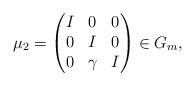
LaTeX: \begin{align*} \mu_2 = \begin{pmatrix} I&0&0\\ 0&I&0\\ 0&\gamma&I \end{pmatrix} \in G_m,\end{align*}